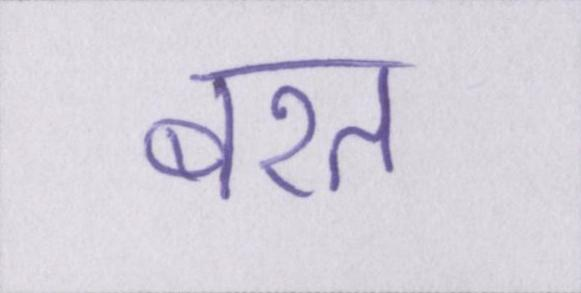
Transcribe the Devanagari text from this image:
बरत